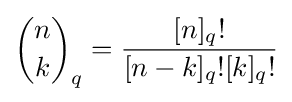
{\binom {n}{k}}_{q}={\frac {[n]_{q}!}{[n-k]_{q}![k]_{q}!}}